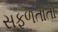
સફળતાતો